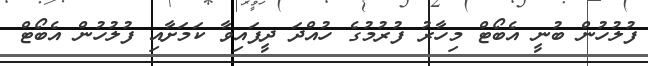
ފުލުހުން ބުނީ އެބޯޓް މިހާރު ފުރުމުގެ ހުއްދަ ދީފައިވާ ކަމަށާއި ފުލުހުން އެބޯޓް